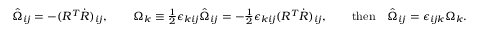
\begin{array} { r } { \hat { \Omega } _ { i j } = - ( R ^ { T } \dot { R } ) _ { i j } , \qquad \Omega _ { k } \equiv \frac 1 2 \epsilon _ { k i j } \hat { \Omega } _ { i j } = - \frac 1 2 \epsilon _ { k i j } ( R ^ { T } \dot { R } ) _ { i j } , \qquad \mathrm { t h e n } \quad \hat { \Omega } _ { i j } = \epsilon _ { i j k } \Omega _ { k } . } \end{array}